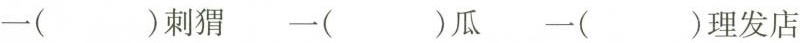
一（）刺猬 一（）瓜 一（）理发店